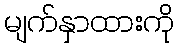
မျက်နှာထားကို